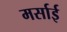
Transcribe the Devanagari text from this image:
मर्साई